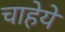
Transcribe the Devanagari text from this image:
चाहेये